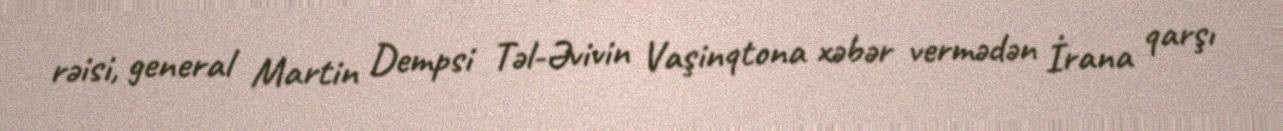
rəisi, general Martin Dempsi Təl-Əvivin Vaşinqtona xəbər vermədən İrana qarşı